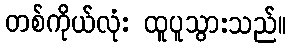
တစ်ကိုယ်လုံး ထူပူသွားသည်။